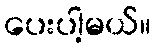
ပေးပါ့မယ်။